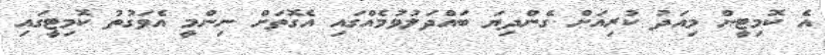
އެ ކޮމިޓީން މިއަދު ކުރިއަށް ގެންދިޔަ ބައްދަލުވުމެއްގައި އެގޮތަށް ނިންމީ އެވަގުތު ކޮމިޓީގައި